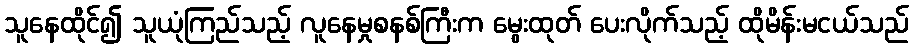
သူနေထိုင်၍ သူယုံကြည်သည့် လူနေမှုစနစ်ကြီးက မွေးထုတ် ပေးလိုက်သည့် ထိုမိန်းမငယ်သည်